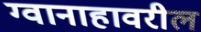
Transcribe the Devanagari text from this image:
ग्वानाहावरील